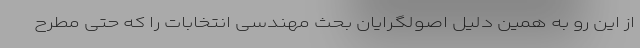
از این رو به همین دلیل اصولگرایان بحث مهندسی انتخابات را که حتی مطرح